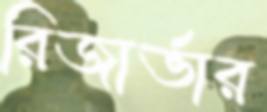
রিজার্ভার